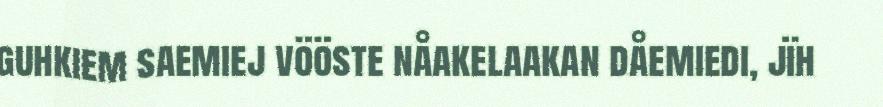
guhkiem saemiej vööste nåakelaakan dåemiedi, jïh